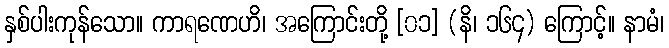
နှစ်ပါးကုန်သော။ ကာရဏေဟိ၊ အကြောင်းတို့ [၀၁] (နိ၊ ၁၆၄) ကြောင့်။ နာမံ၊